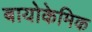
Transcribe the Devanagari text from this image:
बायोकेमिक